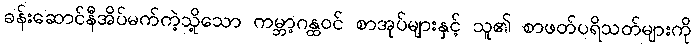
ခန်းဆောင်နီအိပ်မက်ကဲ့သို့သော ကမ္ဘာ့ဂန္ထဝင် စာအုပ်များနှင့် သူ၏ စာဖတ်ပရိသတ်များကို